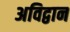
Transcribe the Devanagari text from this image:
अविद्वान